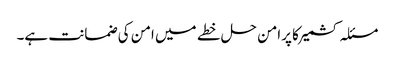
مسئلہ کشمیرکا پرامن حل خطے میں امن کی ضمانت ہے۔